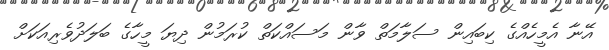
އޭނާ އެމީހެއްގެ ކިބައިން ސަލާމަތް ވާން މަސައްކަތް ކުރަމުން ދިޔަ މީހާގެ ބަލަދުވެރިއަކަށް